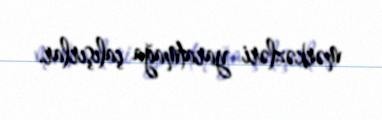
mərkəzləri yaratmağa çalışırlar.